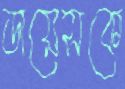
ডায়েসকে